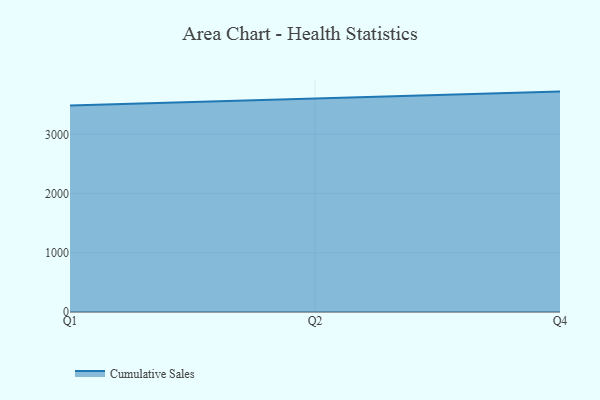
{"axis": {"x": "Quarter", "y": "Churn Rate (%)"}, "legend": ["Cumulative Sales"], "data": [{"x": "Q1", "y": 3485.6, "type": "Cumulative Sales"}, {"x": "Q2", "y": 3597.4, "type": "Cumulative Sales"}, {"x": "Q4", "y": 3721.7, "type": "Cumulative Sales"}]}